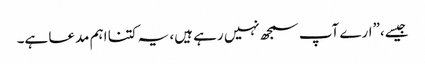
جیسے،”ارے آپ سمجھ نہیں رہے ہیں، یہ کتنا اہم مدعا ہے۔